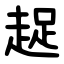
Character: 趗